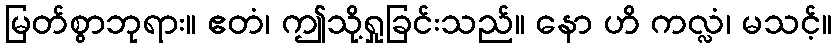
မြတ်စွာဘုရား။ ဧတံ၊ ဤသို့ရှုခြင်းသည်။ နော ဟိ ကလ္လံ၊ မသင့်။